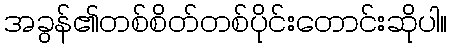
အခွန်၏တစ်စိတ်တစ်ပိုင်းတောင်းဆိုပါ။